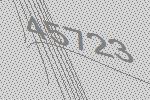
45723